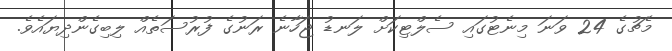
މެޗުގެ 24 ވަނަ މިނެޓުގައި ސެލްޓިކަށް ލަނޑު ޖަހާނެ ރަނުގެ ފުރުސަތެއް ލިބިގެންދިޔައެވެ.